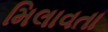
મિલાવતા